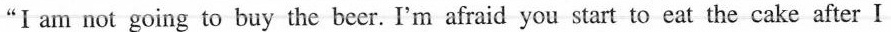
"I am not going to buy the beer. I'm afraid you start to eat the cake after I